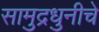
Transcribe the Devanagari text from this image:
सामुद्रधुनीचे